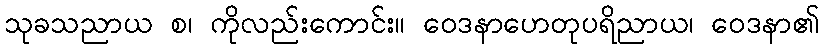
သုခသညာယ စ၊ ကိုလည်းကောင်း။ ဝေဒနာဟေတုပရိညာယ၊ ဝေဒနာ၏